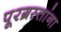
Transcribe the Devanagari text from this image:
पूरग्रस्‍तांना